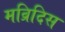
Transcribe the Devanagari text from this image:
मव्रिदिस